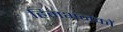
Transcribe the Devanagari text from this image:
हिमभंजकों